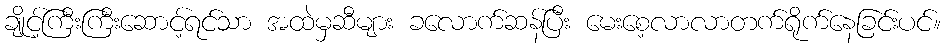
ချိုင့်ကြီးကြီးဆောင့်ရင်သာ အထဲမှဆီများ ခလောက်ဆန်ပြီး မေးစေ့လာလာတက်ရိုက်နေခြင်းပင်။